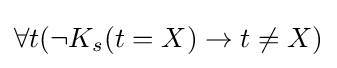
\forall t(\neg K_{s}(t=X)\rightarrow t\not =X)